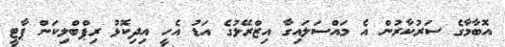
އޮބާމާގެ ސަރުކާރުން އެ މައްސަލައިގާ އިޒްރޭލުގެ އަޑު އެހީ އިދިކޮޅު ރިޕްބްލިކަން ޕާޓީ